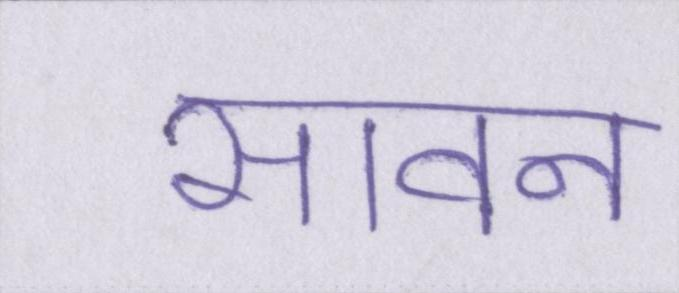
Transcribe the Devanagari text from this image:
सावन